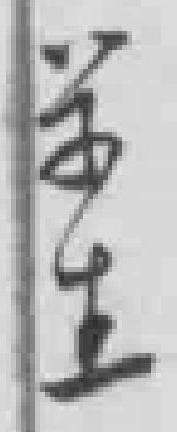
学生